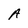
Character: A